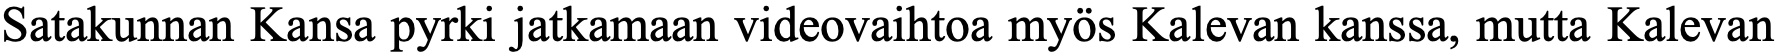
Satakunnan Kansa pyrki jatkamaan videovaihtoa myös Kalevan kanssa, mutta Kalevan